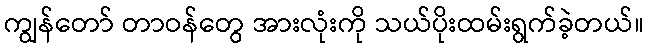
ကျွန်တော် တာဝန်တွေ အားလုံးကို သယ်ပိုးထမ်းရွက်ခဲ့တယ်။